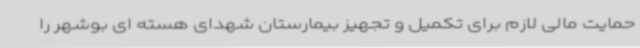
حمایت مالی لازم برای تکمیل و تجهیز بیمارستان شهدای هسته ای بوشهر را